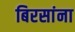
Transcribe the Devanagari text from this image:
बिरसांना